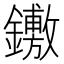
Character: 𨯋